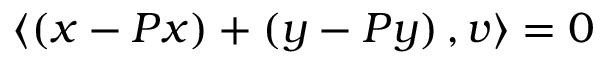
\langle \left( x - P x \right) + \left( y - P y \right) , v \rangle = 0